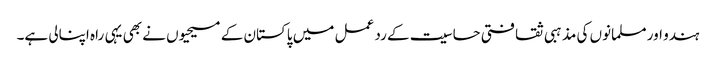
ہندو اور مسلمانوں کی مذہبی ثقافتی حساسیت کے رد عمل میں پاکستان کے مسیحیوں نے بھی یہی راہ اپنالی ہے۔